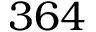
3 6 4